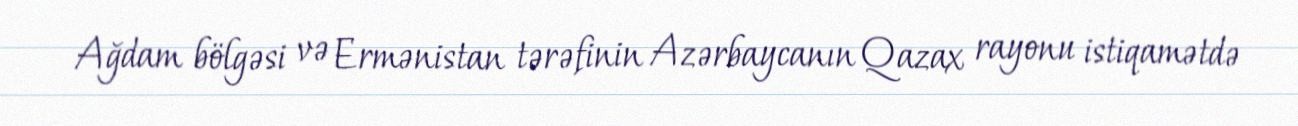
Ağdam bölgəsi və Ermənistan tərəfinin Azərbaycanın Qazax rayonu istiqamətdə